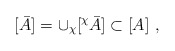
\begin{align*}[\bar{A}] =\cup_\chi [ ^\chi \bar{A}] \subset [A]\ ,\end{align*}